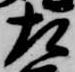
左